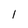
Character: 1